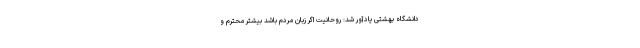
دانشگاه بهشتی یادآور شد: روحانیت اگر زبان مردم باشد بیشتر محترم و